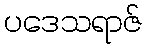
ပဒေသရာဇ်